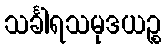
သင်္ခါရသမုဒယဉ္စ